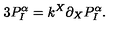
3 P _ { I } ^ { \alpha } = k ^ { X } \partial _ { X } P _ { I } ^ { \alpha } .